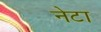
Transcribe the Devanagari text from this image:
नेटा